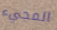
المجيء